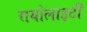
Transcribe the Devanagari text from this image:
रायोलाइटी